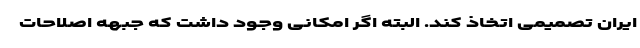
ایران تصمیمی اتخاذ کند. البته اگر امکانی وجود داشت که جبهه اصلاحات